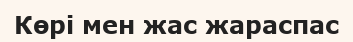
Көрі мен жас жараспас